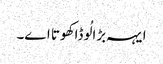
ایہہ بڑا لُوڈا کھوتا اے۔